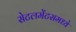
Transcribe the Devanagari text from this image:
सेटलमेंटसमध्ये